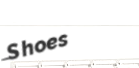
Shoes